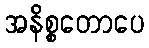
အနိစ္စတောပေ